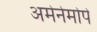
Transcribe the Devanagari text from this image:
अमेनेमोपे